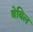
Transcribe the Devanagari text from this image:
बेबिल